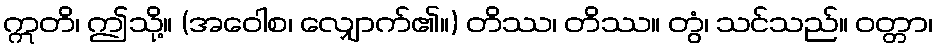
ဣတိ၊ ဤသို့။ (အဝေါစ၊ လျှောက်၏။) တိဿ၊ တိဿ။ တွံ၊ သင်သည်။ ဝတ္တာ၊